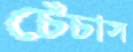
চেঁচাস